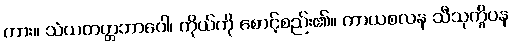
ကား။ သံယတတ္တဘာဝေါ၊ ကိုယ်ကို စောင့်စည်း၏။ ကာယစလန သီသုက္ခိပန